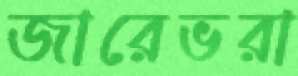
জারেভরা